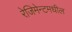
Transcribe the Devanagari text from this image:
रेजिमेन्टमधील